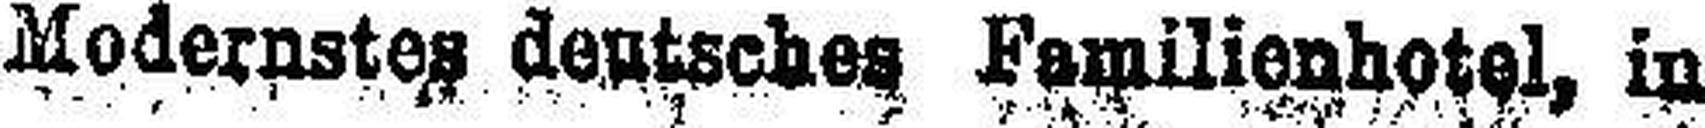
Modernstes deutsches Familienhotel, in